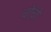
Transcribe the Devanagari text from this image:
चोंचो